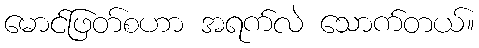
မောင်ဖြတ်စဟာ အရက်လဲ သောက်တယ်။